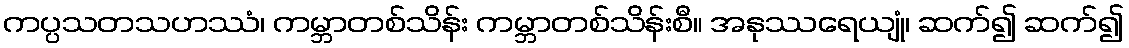
ကပ္ပသတသဟဿံ၊ ကမ္ဘာတစ်သိန်း ကမ္ဘာတစ်သိန်းစီ။ အနုဿရေယျုံ၊ ဆက်၍ ဆက်၍